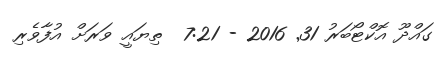
ގައްދޫ އޮކްޓޯބަރު 31